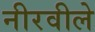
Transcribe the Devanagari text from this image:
नीरवीले